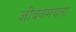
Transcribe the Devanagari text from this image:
जीवनमयता